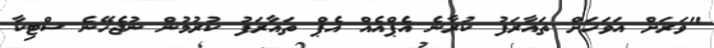
"ވަރަށް އަވަހަށް ތައާރަފު ކުރާނެ އެޕްއެއް އެޕް ތައާރަފު ކުރުމުން ނުޖެހޭނެ ސްޓިކާ